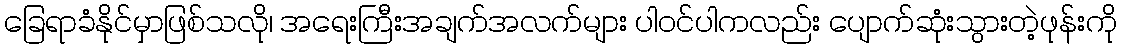
ခြေရာခံနိုင်မှာဖြစ်သလို၊ အရေးကြီးအချက်အလက်များ ပါဝင်ပါကလည်း ပျောက်ဆုံးသွားတဲ့ဖုန်းကို